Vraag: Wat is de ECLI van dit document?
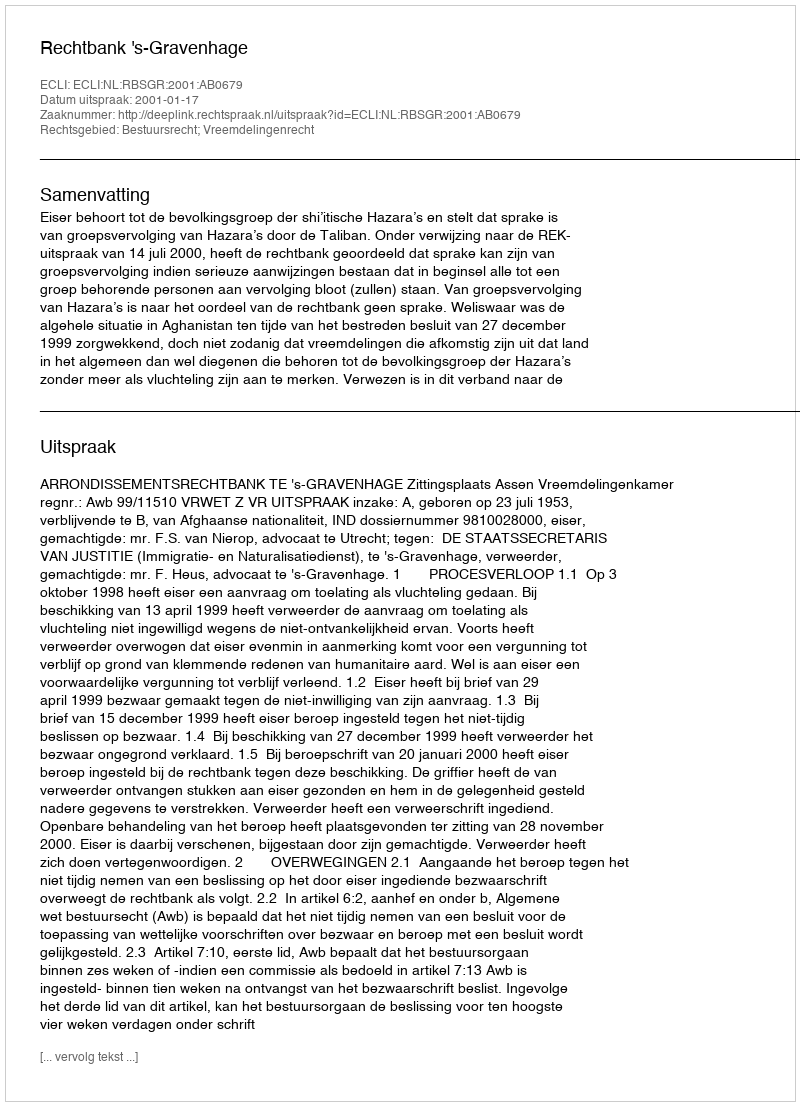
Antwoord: ECLI:NL:RBSGR:2001:AB0679